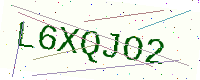
Text: L6XQJO2